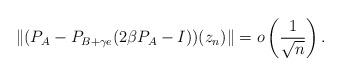
LaTeX: \begin{align*} \Vert (P_{A}-P_{B+\gamma e}(2\beta P_{A}-I))(z_{n})\Vert=o\left(\frac{1}{\sqrt{n}}\right). \end{align*}